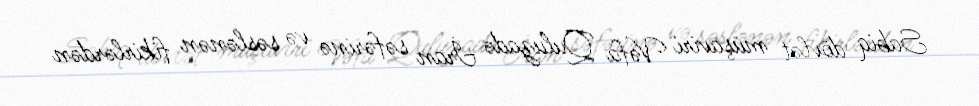
Sabiq dövlət müşaviri Vəfa Quluzadə İran səfərinə və səslənən fikirlərdən